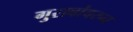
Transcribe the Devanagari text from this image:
गुराबांवरुन